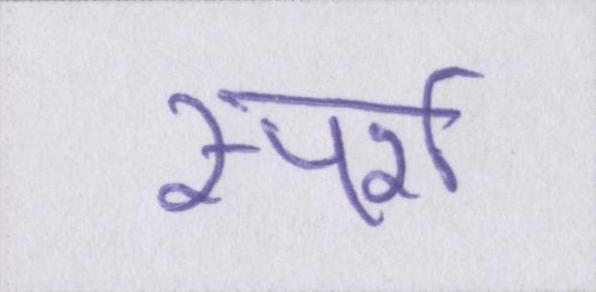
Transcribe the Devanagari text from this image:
स्पर्श